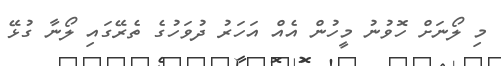
މި ލޯނަށް ހޮވުނު މީހުން އެއް އަހަރު ދުވަހުގެ ތެރޭގައި ލޯނާ ގުޅޭ